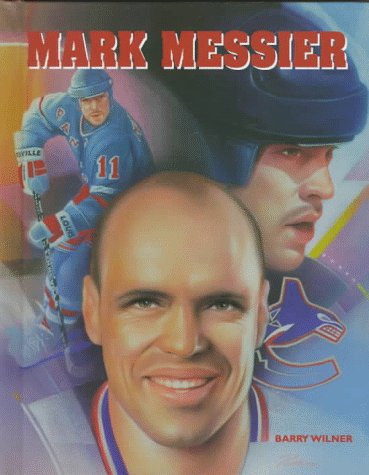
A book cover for Mark Messier (Ice Hockey Legends); Barry Wilner; Teen & Young Adult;